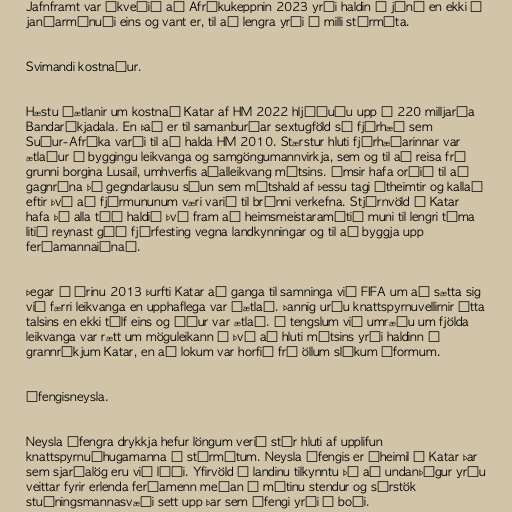
Jafnframt var ákveðið að Afríkukeppnin 2023 yrði haldin í júní en ekki í
janúarmánuði eins og vant er, til að lengra yrði á milli stórmóta.

Svimandi kostnaður.

Hæstu áætlanir um kostnað Katar af HM 2022 hljóðuðu upp á 220 milljarða
Bandaríkjadala. En það er til samanburðar sextugföld sú fjárhæð sem
Suður-Afríka varði til að halda HM 2010. Stærstur hluti fjárhæðarinnar var
ætlaður í byggingu leikvanga og samgöngumannvirkja, sem og til að reisa frá
grunni borgina Lusail, umhverfis aðalleikvang mótsins. Ýmsir hafa orðið til að
gagnrýna þá gegndarlausu sóun sem mótshald af þessu tagi útheimtir og kallað
eftir því að fjármununum væri varið til brýnni verkefna. Stjórnvöld í Katar
hafa þó alla tíð haldið því fram að heimsmeistaramótið muni til lengri tíma
litið reynast góð fjárfesting vegna landkynningar og til að byggja upp
ferðamannaiðnað.

Þegar á árinu 2013 þurfti Katar að ganga til samninga við FIFA um að sætta sig
við færri leikvanga en upphaflega var áætlað. Þannig urðu knattspyrnuvellirnir átta
talsins en ekki tólf eins og áður var ætlað. Í tengslum við umræðu um fjölda
leikvanga var rætt um möguleikann á því að hluti mótsins yrði haldinn í
grannríkjum Katar, en að lokum var horfið frá öllum slíkum áformum.

Áfengisneysla.

Neysla áfengra drykkja hefur löngum verið stór hluti af upplifun
knattspyrnuáhugamanna á stórmótum. Neysla áfengis er óheimil í Katar þar
sem sjaríalög eru við lýði. Yfirvöld í landinu tilkynntu þó að undanþágur yrðu
veittar fyrir erlenda ferðamenn meðan á mótinu stendur og sérstök
stuðningsmannasvæði sett upp þar sem áfengi yrði í boði.